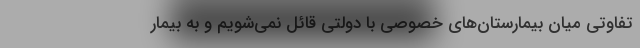
تفاوتی میان بیمارستان‌های خصوصی با دولتی قائل نمی‌شویم و به بیمار